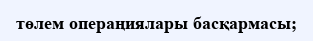
төлем операңиялары басқармасы;